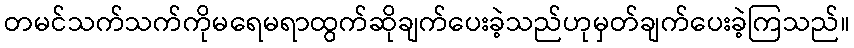
တမင်သက်သက်ကိုမရေမရာထွက်ဆိုချက်ပေးခဲ့သည်ဟုမှတ်ချက်ပေးခဲ့ကြသည်။